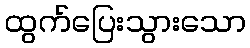
ထွက်ပြေးသွားသော